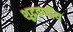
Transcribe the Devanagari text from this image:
शूद्रवर्णीय